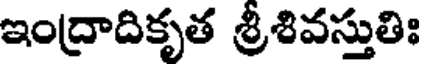
ఇంద్రాదికృత శ్రీశివస్తుతిః